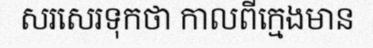
សរសេរទុកថា កាលពីក្មេងមាន